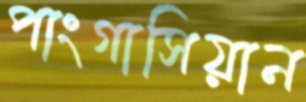
পাংগাসিয়ান